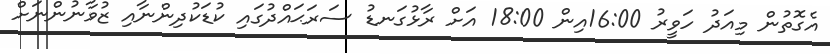
އެގޮތުން މިއަދު ހަވީރު 16:00އިން 18:00 އަށް ރާޅުގަނޑު ސަރަޙައްދުގައި ކުޑަކުދިންނާއި ޒުވާނުންނަށް